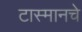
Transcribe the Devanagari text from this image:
टास्मानचे